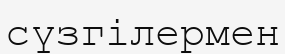
сүзгілермен